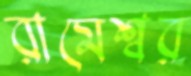
রামেশ্বর